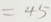
= 4 5